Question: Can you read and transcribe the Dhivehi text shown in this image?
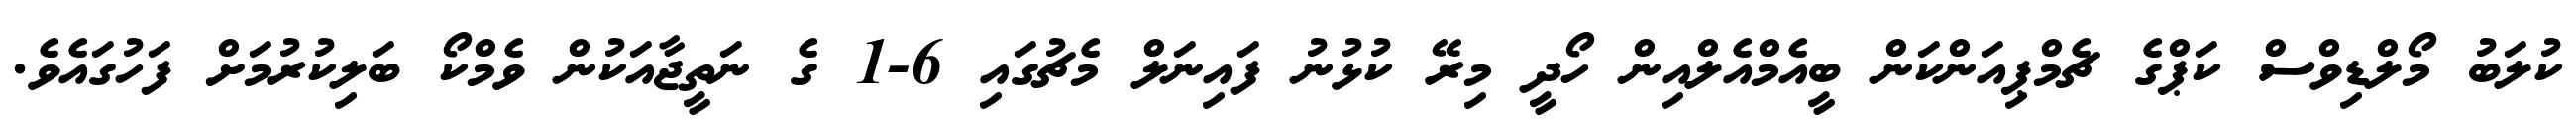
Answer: ކުލަބު މޯލްޑިވްސް ކަޕްގެ ޗެމްޕިއަންކަން ބީއެމްއެލްއިން ހޯދީ މިރޭ ކުޅުނު ފައިނަލް މެޗުގައި 6-1 ގެ ނަތީޖާއަކުން ވެމްކޯ ބަލިކުރުމަށް ފަހުގައެވެ.